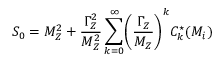
S _ { 0 } = M _ { Z } ^ { 2 } + \frac { \Gamma _ { Z } ^ { 2 } } { M _ { Z } ^ { 2 } } \sum _ { k = 0 } ^ { \infty } \Biggl ( \frac { \Gamma _ { Z } } { M _ { Z } } \Biggr ) ^ { k } C _ { k } ^ { \star } ( M _ { i } )